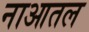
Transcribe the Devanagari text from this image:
नाआतल